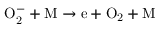
\mathrm { O _ { 2 } ^ { - } + M \to e + O _ { 2 } + M }